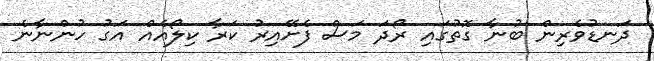
ދަނޑުވެރިން ބުނާ ގޮތުގައި ރޯދަ މަސް ފެށޭއިރު ކަރާ ކިލޯއެއް އަގު ހުންނާނެ